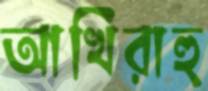
আখিরাহু